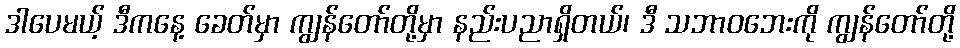
ဒါပေမယ့် ဒီကနေ့ ခေတ်မှာ ကျွန်တော်တို့မှာ နည်းပညာရှိတယ်၊ ဒီ သဘာဝဘေးကို ကျွန်တော်တို့